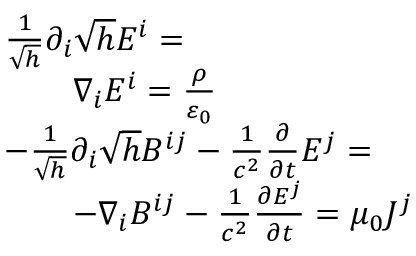
{ \begin{array} { r l } & { { \frac { 1 } { \sqrt { h } } } \partial _ { i } { \sqrt { h } } E ^ { i } = } \\ & { \qquad \nabla _ { i } E ^ { i } = { \frac { \rho } { \varepsilon _ { 0 } } } } \\ & { { - } { \frac { 1 } { \sqrt { h } } } \partial _ { i } { \sqrt { h } } B ^ { i j } - { \frac { 1 } { c ^ { 2 } } } { \frac { \partial } { \partial t } } E ^ { j } = } \\ & { \qquad { - } \nabla _ { i } B ^ { i j } - { \frac { 1 } { c ^ { 2 } } } { \frac { \partial E ^ { j } } { \partial t } } = \mu _ { 0 } J ^ { j } } \end{array} }